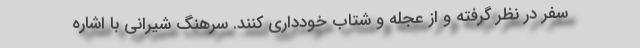
سفر در نظر گرفته و از عجله و شتاب خودداری کنند. سرهنگ شیرانی ‌با اشاره